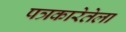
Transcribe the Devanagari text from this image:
पत्रकारेतेला